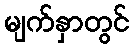
မျက်နှာတွင်